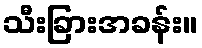
သီးခြားအခန်း။